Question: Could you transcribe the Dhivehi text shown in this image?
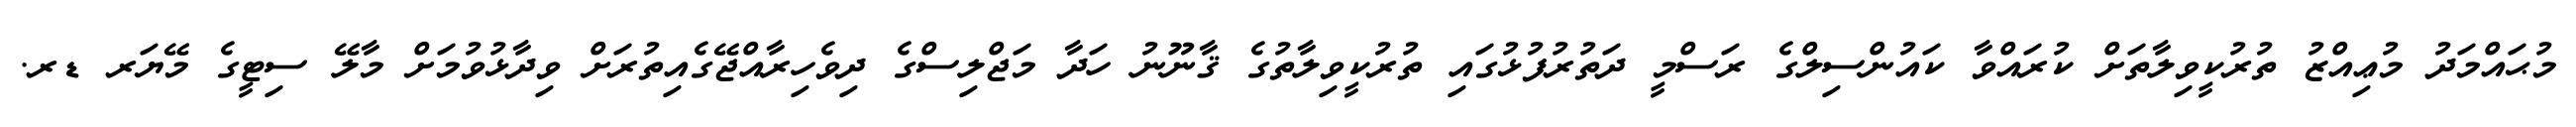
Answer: މުޙައްމަދު މުޢިއްޒު ތުރުކީވިލާތަށް ކުރައްވާ ކައުންސިލްގެ ރަސްމީ ދަތުރުފުޅުގައި ތުރުކީވިލާތުގެ ޤާނޫނު ހަދާ މަޖްލިސްގެ ދިވެހިރާއްޖޭގެއިތުރަށް ވިދާޅުވުމަށް މާލޭ ސިޓީގެ މޭޔަރ ޑރ.